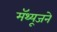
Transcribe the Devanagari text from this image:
मॅथ्यूजने